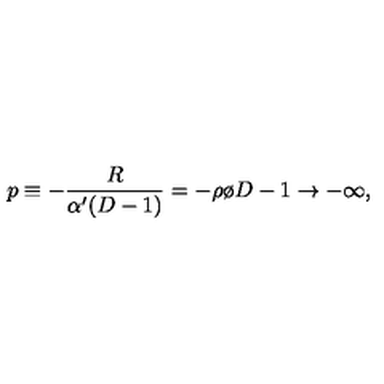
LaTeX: p \equiv - { \frac { R } { \alpha ^ { \prime } ( D - 1 ) } } = - { { \rho } \o { D - 1 } } \to - \infty ,